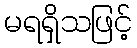
မရရှိသဖြင့်